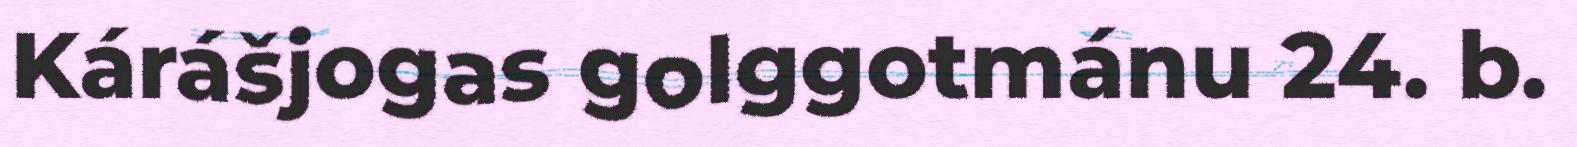
Kárášjogas golggotmánu 24. b.